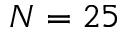
N = 2 5